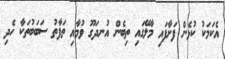
އެކަމަކު ކުޅެން ފަށާފައި މާލޭގައި ތިބެން އުނދަގޫ ވުމާއި ތަފާތު ސަބަބުތަކާ ހެދި